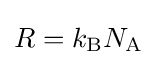
R=k_{\text{B}}N_{\text{A}}